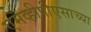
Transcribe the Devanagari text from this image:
एमव्हीपीएसाच्या